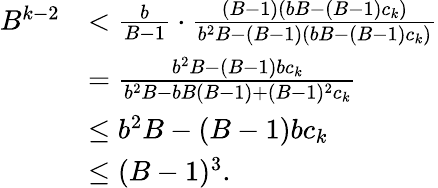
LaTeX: \begin{array}{rl}{B^{k-2}}&{<\frac{b}{B-1}\cdot\frac{(B-1)(bB-(B-1)c_{k})}{b^{2}B-(B-1)(bB-(B-1)c_{k})}}\\ &{=\frac{b^{2}B-(B-1)bc_{k}}{b^{2}B-bB(B-1)+(B-1)^{2}c_{k}}}\\ &{\leq b^{2}B-(B-1)bc_{k}}\\ &{\leq(B-1)^{3}.}\end{array}